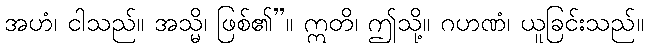
အဟံ၊ ငါသည်။ အသ္မိ၊ ဖြစ်၏”။ ဣတိ၊ ဤသို့။ ဂဟဏံ၊ ယူခြင်းသည်။